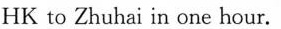
HK to Zhuhai in one hour.